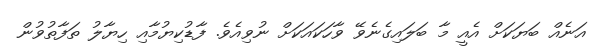
އަނެއް ބަޔަކަށް އެއީ މާ ބަލައިގެނެވޭ ވާހަކައަކަށް ނުވިއެވެ. ފާޑުކިޔުމާއި ހިޔާލު ތަފާތުވުން